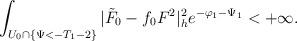
LaTeX: \begin{align*} \int_{U_0\cap\{\Psi<-T_1-2\}}|\tilde{F}_0-f_0F^2|^2_he^{-\varphi_1-\Psi_1}<+\infty. \end{align*}